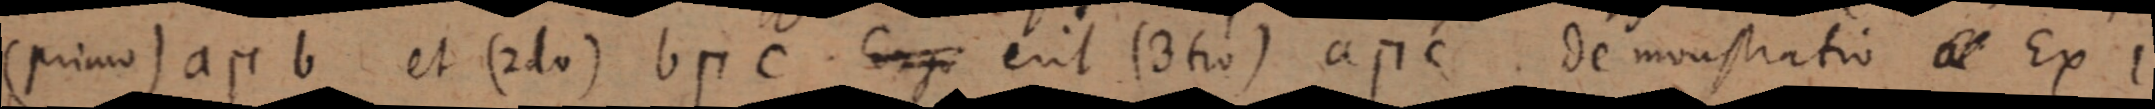
(primo) a п b et (2do) b п C. Ergo erit (3tio) a п c. demonstratio a Ex I